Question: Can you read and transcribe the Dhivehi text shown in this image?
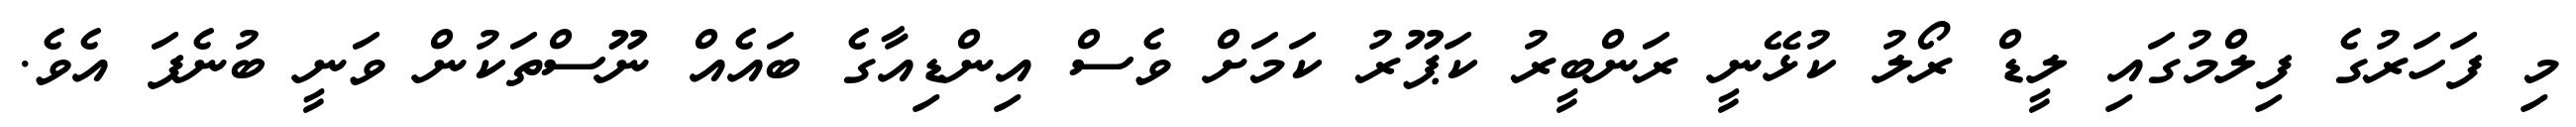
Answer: މި ފަހަރުގެ ފިލްމުގައި ލީޑް ރޯލު ކުޅޭނީ ރަންބީރު ކަޕޫރު ކަމަށް ވެސް އިންޑިއާގެ ބައެއް ނޫސްތަކުން ވަނީ ބުނެފަ އެވެ.